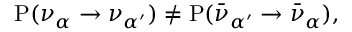
\mathrm { P } ( \nu _ { \alpha } \to \nu _ { \alpha ^ { \prime } } ) \neq \mathrm { P } ( \bar { \nu } _ { \alpha ^ { \prime } } \to \bar { \nu } _ { \alpha } ) ,